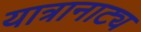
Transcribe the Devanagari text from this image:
यात्रानाट्य